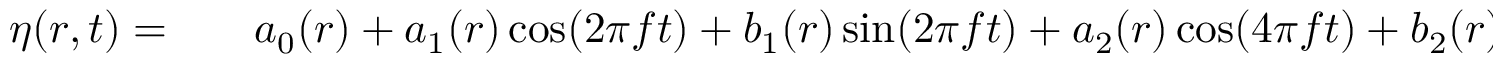
\begin{array} { r l r } { \eta ( r , t ) = } & { { } } & { a _ { 0 } ( r ) + a _ { 1 } ( r ) \cos ( 2 \pi f t ) + b _ { 1 } ( r ) \sin ( 2 \pi f t ) + a _ { 2 } ( r ) \cos ( 4 \pi f t ) + b _ { 2 } ( r ) \sin ( 4 \pi f t ) } \end{array}